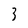
Character: 3